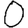
Digit: 0